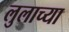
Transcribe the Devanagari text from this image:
लुलाच्या